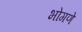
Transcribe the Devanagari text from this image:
भोगणे